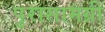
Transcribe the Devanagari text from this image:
पुरासामग्री